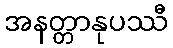
အနတ္တာနုပဿီ